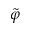
\tilde { \varphi }